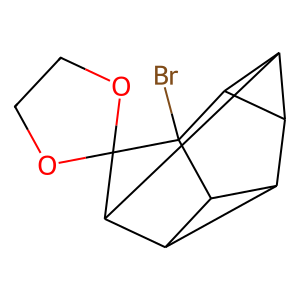
SMILES: BrC12C3C4C5C(C(C43)C13OCCO3)C52
Inhibits HIV replication: No